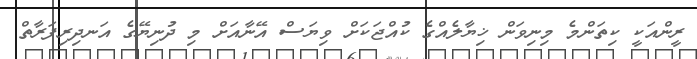
ރީންއަކީ ކިތަންމެ މިނިވަން ޚިޔާލެއްގެ ކުއްޖަކަށް ވިޔަސް އޭނާއަށް މި ދުނިޔޭގެ އަނދިރިފަރާތް